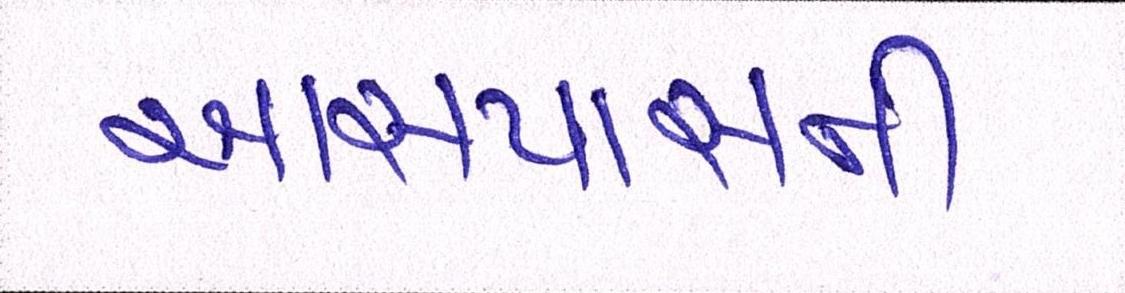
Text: આસપાસની